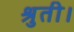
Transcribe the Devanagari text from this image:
श्रुती।